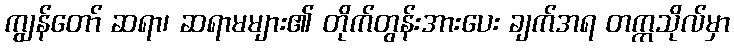
ကျွန်တော် ဆရာ၊ ဆရာမများ၏ တိုက်တွန်းအားပေး ချက်အရ တက္ကသိုလ်မှာ